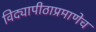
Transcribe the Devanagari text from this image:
विद्यापीठाप्रमाणेच